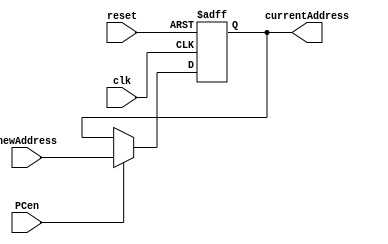
`timescale 1ns / 1ps
//////////////////////////////////////////////////////////////////////////////////
// Company: 
// Engineer: 
// 
// Design Name: 
// Module Name:    PC 
// Project Name: 
// Target Devices: 
// Tool versions: 
// Description: 
//
// Dependencies: 
//
// Revision: 
// Revision 0.01 - File Created
// Additional Comments: 
//
//////////////////////////////////////////////////////////////////////////////////
module PC(
    input clk,
	input reset,
	input PCen,
    input [31:0] newAddress,           
    output reg[31:0] currentAddress  
    );

    always@(posedge clk or posedge reset)
    begin
        if (reset) 
		  currentAddress <= 0;
		else if (PCen) 
		  currentAddress <= newAddress;
		else 
		  currentAddress <= currentAddress;
    end

endmodule